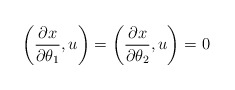
\begin{align*}\left( \frac{\partial x}{\partial\theta_{1}},u\right) =\left(\frac{\partial x}{\partial\theta_{2}},u\right) =0 \end{align*}